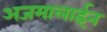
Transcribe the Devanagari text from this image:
अजमालाईन